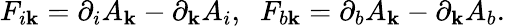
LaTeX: F_{i\mathbf{k}}=\partial_{i}A_{\mathbf{k}}-\partial_{\mathbf{k}}A_{i},\; \; F_{b\mathbf{k}}=\partial_{b}A_{\mathbf{k}}-\partial_{\mathbf{k}}A_{b}.